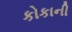
કોકાની